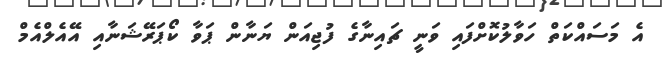
އެ މަސައްކަތް ހަވާލުކޮށްފައި ވަނީ ޗައިނާގެ ފުޖިއަން ޔަނާން ޕަވާ ކޯޕަރޭޝަނާއި އޭއެލްއެމް